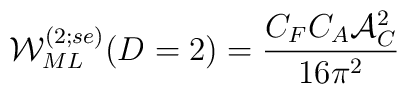
{\cal W}_{ML}^{(2; se)} (D = 2) =\frac{C_F C_A {\cal A}_C^2}{{16 {\pi}^2}}